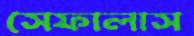
সেফালাস